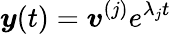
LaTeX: \boldsymbol{y}(t)=\boldsymbol{v}^{(j)}e^{\lambda_{j}t}